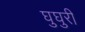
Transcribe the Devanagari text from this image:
घुघुरी